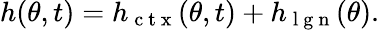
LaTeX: h(\theta,t)=h_{\mathrm{~c~t~x~}}(\theta,t)+h_{\mathrm{~l~g~n~}}(\theta).